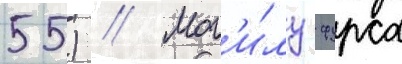
55) // Мог'и́лу фурса